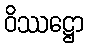
ဝိဿဋ္ဌော